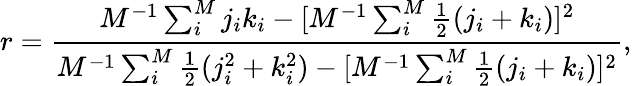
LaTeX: r=\frac{M^{-1}\sum_{i}^{M}j_{i}k_{i}-[M^{-1}\sum_{i}^{M}\frac{1}{2}(j_{i}+k_{i})]^{2}}{M^{-1}\sum_{i}^{M}\frac{1}{2}(j_{i}^{2}+k_{i}^{2})-[M^{-1}\sum_{i}^{M}\frac{1}{2}(j_{i}+k_{i})]^{2}},